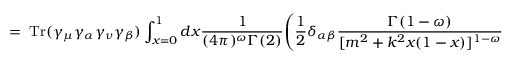
= \; \mathrm { T r } ( \gamma _ { \mu } \gamma _ { \alpha } \gamma _ { \nu } \gamma _ { \beta } ) \int _ { x = 0 } ^ { 1 } d x \frac { 1 } { ( 4 \pi ) ^ { \omega } \Gamma ( 2 ) } \Bigg ( \frac { 1 } { 2 } \delta _ { \alpha \beta } \frac { \Gamma ( 1 - \omega ) } { [ m ^ { 2 } + k ^ { 2 } x ( 1 - x ) ] ^ { 1 - \omega } }